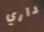
داري